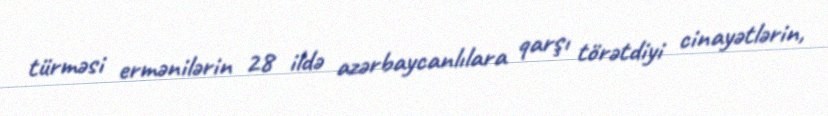
türməsi ermənilərin 28 ildə azərbaycanlılara qarşı törətdiyi cinayətlərin,